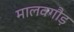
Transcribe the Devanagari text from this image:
मालवगौड़